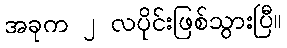
အခုက ၂ လပိုင်းဖြစ်သွားပြီ။